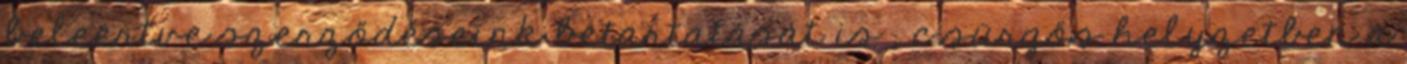
beleértve szerződéseink betartatását is ; c sürgős helyzetben a